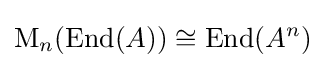
\mathrm {M} _{n}(\operatorname {End} (A))\cong \operatorname {End} (A^{n})